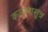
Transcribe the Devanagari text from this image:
कल्पनासूत्र